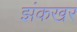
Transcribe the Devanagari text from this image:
झंकखर